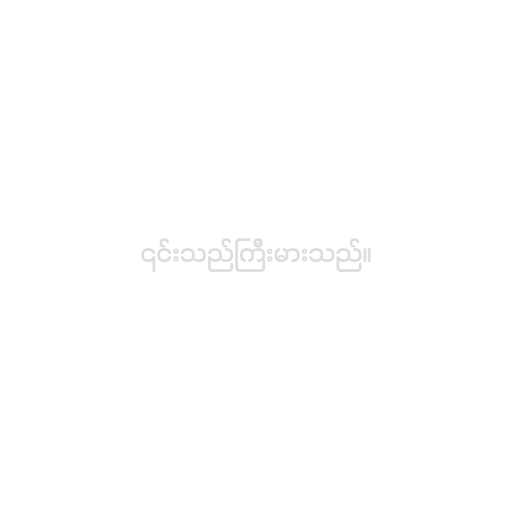
၎င်းသည်ကြီးမားသည်။